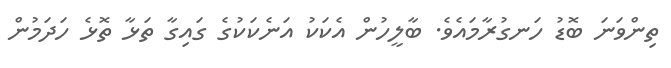
ތިންވަނަ ބޮޑު ހަނގުރާމައެވެ. ބާލީހުން އެކަކު އަނެކަކުގެ ގައިގާ ތަޅާ ތޮޅެ ހަދަމުން